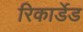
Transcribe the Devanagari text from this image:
रिकार्डेड